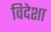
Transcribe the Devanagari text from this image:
विदेशा